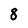
Character: 8